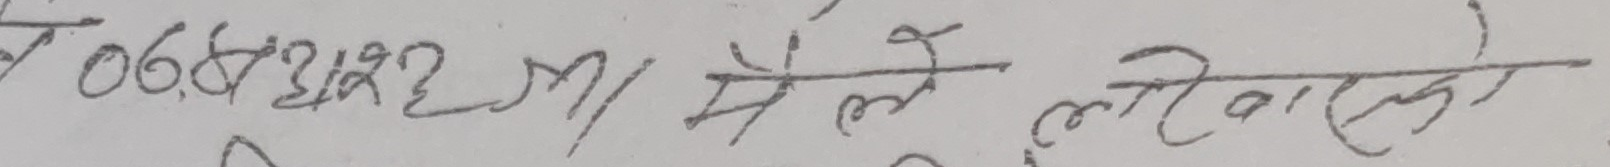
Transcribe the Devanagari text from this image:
068322/ मैले लोको